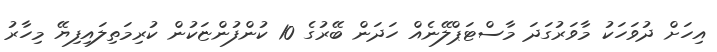
އިހަށް ދުވަހަކު މާވަރުގަދަ މާސްޓަޕްލޭނެއް ހަދަން ބޭރުގެ 10 ކުންފުންޏަކުން ކުރިމަތިލައިފިޔޭ މިހާރު